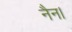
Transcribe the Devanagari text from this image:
नैन।